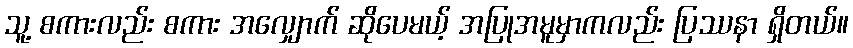
သူ့ စကားလည်း စကား အလျှောက် ဆိုပေမယ့် အပြုအမူမှာကလည်း ပြဿနာ ရှိတယ်။